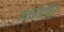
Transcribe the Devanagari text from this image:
जशवीरसिंह